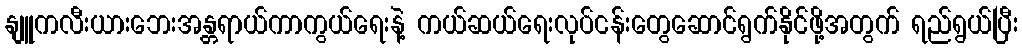
နျူကလီးယားဘေးအန္တရာယ်ကာကွယ်ရေးနဲ့ ကယ်ဆယ်ရေးလုပ်ငန်းတွေဆောင်ရွက်နိုင်ဖို့အတွက် ရည်ရွယ်ပြီး